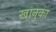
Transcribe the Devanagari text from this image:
खानुका